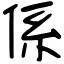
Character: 係